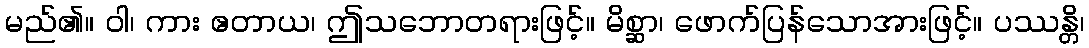
မည်၏။ ဝါ၊ ကား ဧတာယ၊ ဤသဘောတရားဖြင့်။ မိစ္ဆာ၊ ဖောက်ပြန်သောအားဖြင့်။ ပဿန္တိ၊